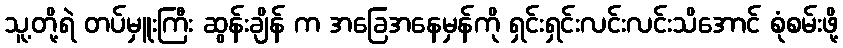
သူ့တို့ရဲ တပ်မှူးကြီး ဆွန်းချိန် က အခြေအနေမှန်ကို ရှင်းရှင်းလင်းလင်းသိအောင် စုံစမ်းဖို့